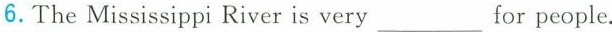
6.The Mississippi River is very ___ for people.